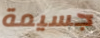
جسيمة